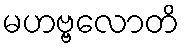
မဟဗ္ဗလောတိ